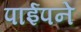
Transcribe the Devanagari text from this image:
पाईपने